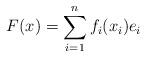
LaTeX: \begin{align*}F(x)=\sum_{i=1}^{n}f_{i}(x_{i})e_{i}\end{align*}